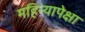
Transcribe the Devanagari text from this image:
महिन्यापेक्षा